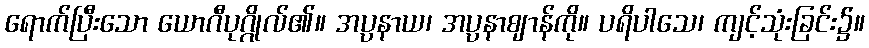
ရောက်ပြီးသော ယောဂီပုဂ္ဂိုလ်၏။ အပ္ပနာယ၊ အပ္ပနာဈာန်ကို။ ပရိပါသေ၊ ကျင့်သုံးခြင်း၌။